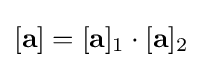
[\mathbf {a} ]=[\mathbf {a} ]_{1}\cdot [\mathbf {a} ]_{2}